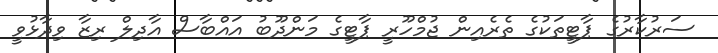
ސަރުކާރުގެ ޕާޓީތަކުގެ ތެރެއިން ޖުމްހޫރީ ޕާޓީގެ މަންދޫބު އައްބާސް އާދިލް ރިޒާ ވިދާޅުވީ